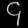
Digit: ၄